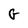
Character: G